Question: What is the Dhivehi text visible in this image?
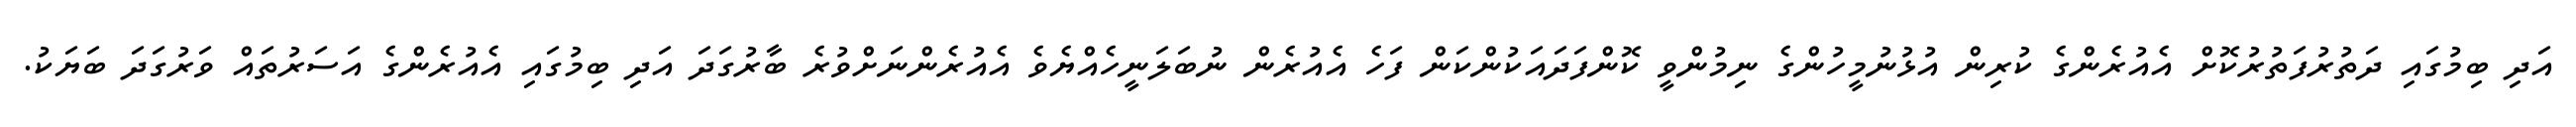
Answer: އަދި ބިމުގައި ދަތުރުފަތުރުކޮށް އެއުރެންގެ ކުރިން އުޅުނުމީހުންގެ ނިމުންވީ ކޮންފަދައަކުންކަން ފަހެ އެއުރެން ނުބަލަނީހެއްޔެވެ އެއުރެންނަށްވުރެ ބާރުގަދަ އަދި ބިމުގައި އެއުރެންގެ އަސަރުތައް ވަރުގަދަ ބަޔަކު.